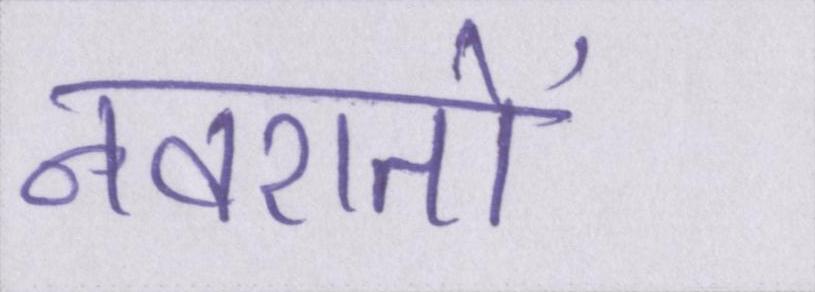
नवरातों